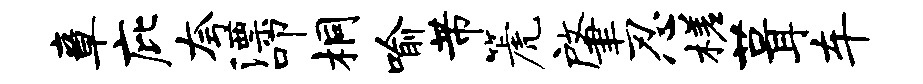
章庇夸漂叩桐喻芾篪肇忍槎葺车